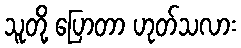
သူတို့ ပြောတာ ဟုတ်သလား